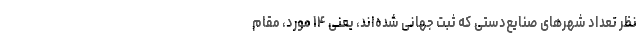
نظر تعداد شهرهای صنایع‌دستی که ثبت جهانی شده‌اند، یعنی ۱۴ مورد، مقام